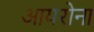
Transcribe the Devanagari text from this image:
आयरोना